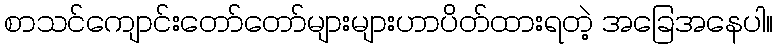
စာသင်ကျောင်းတော်တော်များများဟာပိတ်ထားရတဲ့ အခြေအနေပါ။